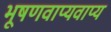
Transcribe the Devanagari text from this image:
भूषणवाप्यवाप्य